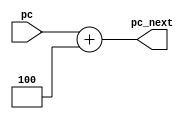
module pc_incrementer(
    input wire [31:0] pc,
    output wire [31:0] pc_next
);

    assign pc_next=pc + 32'd4;
endmodule